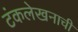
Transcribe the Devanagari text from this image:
टंकलेखनाची